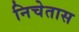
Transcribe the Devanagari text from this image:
निचेतास